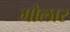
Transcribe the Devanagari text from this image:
गोलार